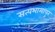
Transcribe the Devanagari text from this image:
सत्यभामापुर